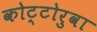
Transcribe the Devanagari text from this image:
कोट्टोरुवा